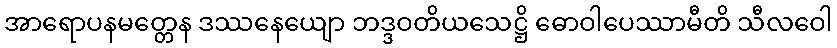
အာရောပနမတ္တေန ဒဿနေယျော ဘဒ္ဒဝတိယသေဋ္ဌိ ဓောဝါပေဿာမီတိ သီလဝေါ